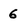
Character: 6